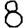
Digit: 8